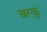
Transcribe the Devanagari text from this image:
बरकु